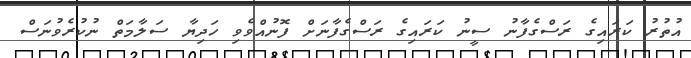
އުތުރު ކަރައިގެ ރަސްގެފާނު ސީނު ކަރައިގެ ރަސްގެފާނަށް ފޮނުއްވެވި ހަދިޔާ ސަލާމަތް ނުކުރެވުނަސް